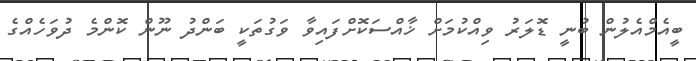
ބީއެމްއެލުން ބުނީ ޑޮލަރު ވިއްކުމަށް ޚާއްސަކޮށްފައިވާ ވަގުތަކީ ބަންދު ނޫން ކޮންމެ ދުވަހެއްގެ